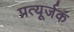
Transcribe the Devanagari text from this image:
प्रत्यूर्जक